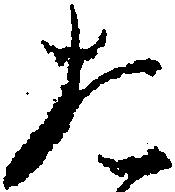
た